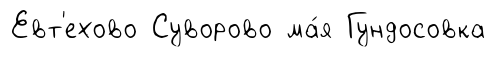
Евт'ехово Суворово ма́я Гундосовка